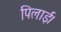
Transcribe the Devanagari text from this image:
पिलाई।